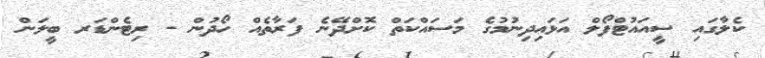
ކެލާގައި ސީއައުޓްފޯލް އަޅައިދިނުމުގެ މަސައްކަތް ކޮށްދޭނެ ފަރާތެއް ހޯދުން - ރިޓެންޑަރ ބީލަން